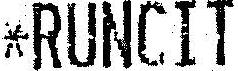
*RUNCIT